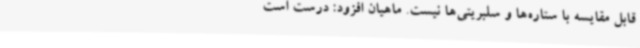
قابل مقایسه با ستاره‌ها و سلبریتی‌ها نیست. ماهیان افزود: درست است